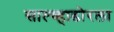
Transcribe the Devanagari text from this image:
साल्व्हाडोरला